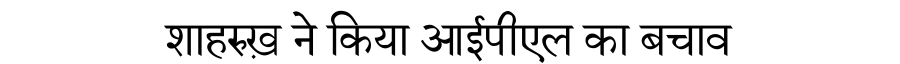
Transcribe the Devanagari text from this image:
शाहरुख़ ने किया आईपीएल का बचाव